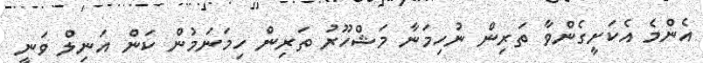
އެންމެ އެކަށީގެންވާ ތަރިން ނުހިމަނާ މަޝްހޫރު ތަރިން ހިމަނަމުން ކަން އަނިލް ވަނީ